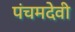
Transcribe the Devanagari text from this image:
पंचमदेवी